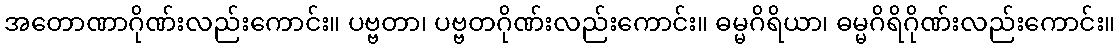
အတောဏာဂိုဏ်းလည်းကောင်း။ ပဗ္ဗတာ၊ ပဗ္ဗတဂိုဏ်းလည်းကောင်း။ ဓမ္မဂိရိယာ၊ ဓမ္မဂိရိဂိုဏ်းလည်းကောင်း။